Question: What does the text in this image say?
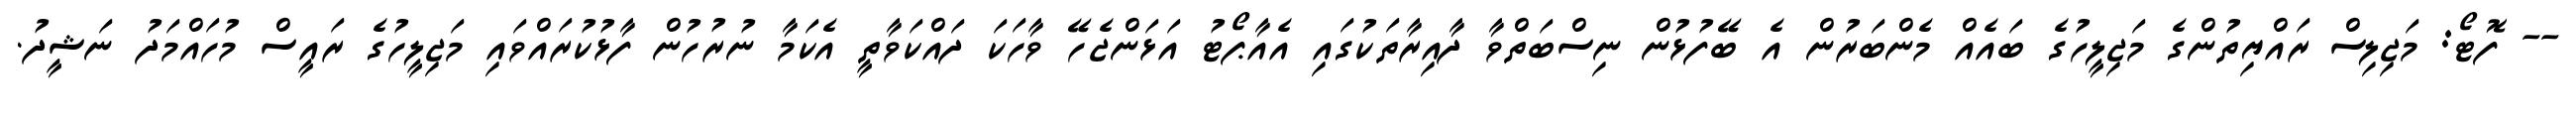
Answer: -- ފޮޓޯ: މަޖިލިސް ރައްޔިތުންގެ މަޖިލީހުގެ ބައެއް މެންބަރުން އެ ބޭފުޅުން ނިސްބަތްވާ ދާއިރާތަކުގައި އެއާޕޯޓު އަޅަންޖެހޭ ވާހަކަ ދައްކަވާތީ އެކަމާ ނުރުހުން ފާޅުކުރައްވައި މަޖިލީހުގެ ރައީސް މުހައްމަދު ނަޝީދު.